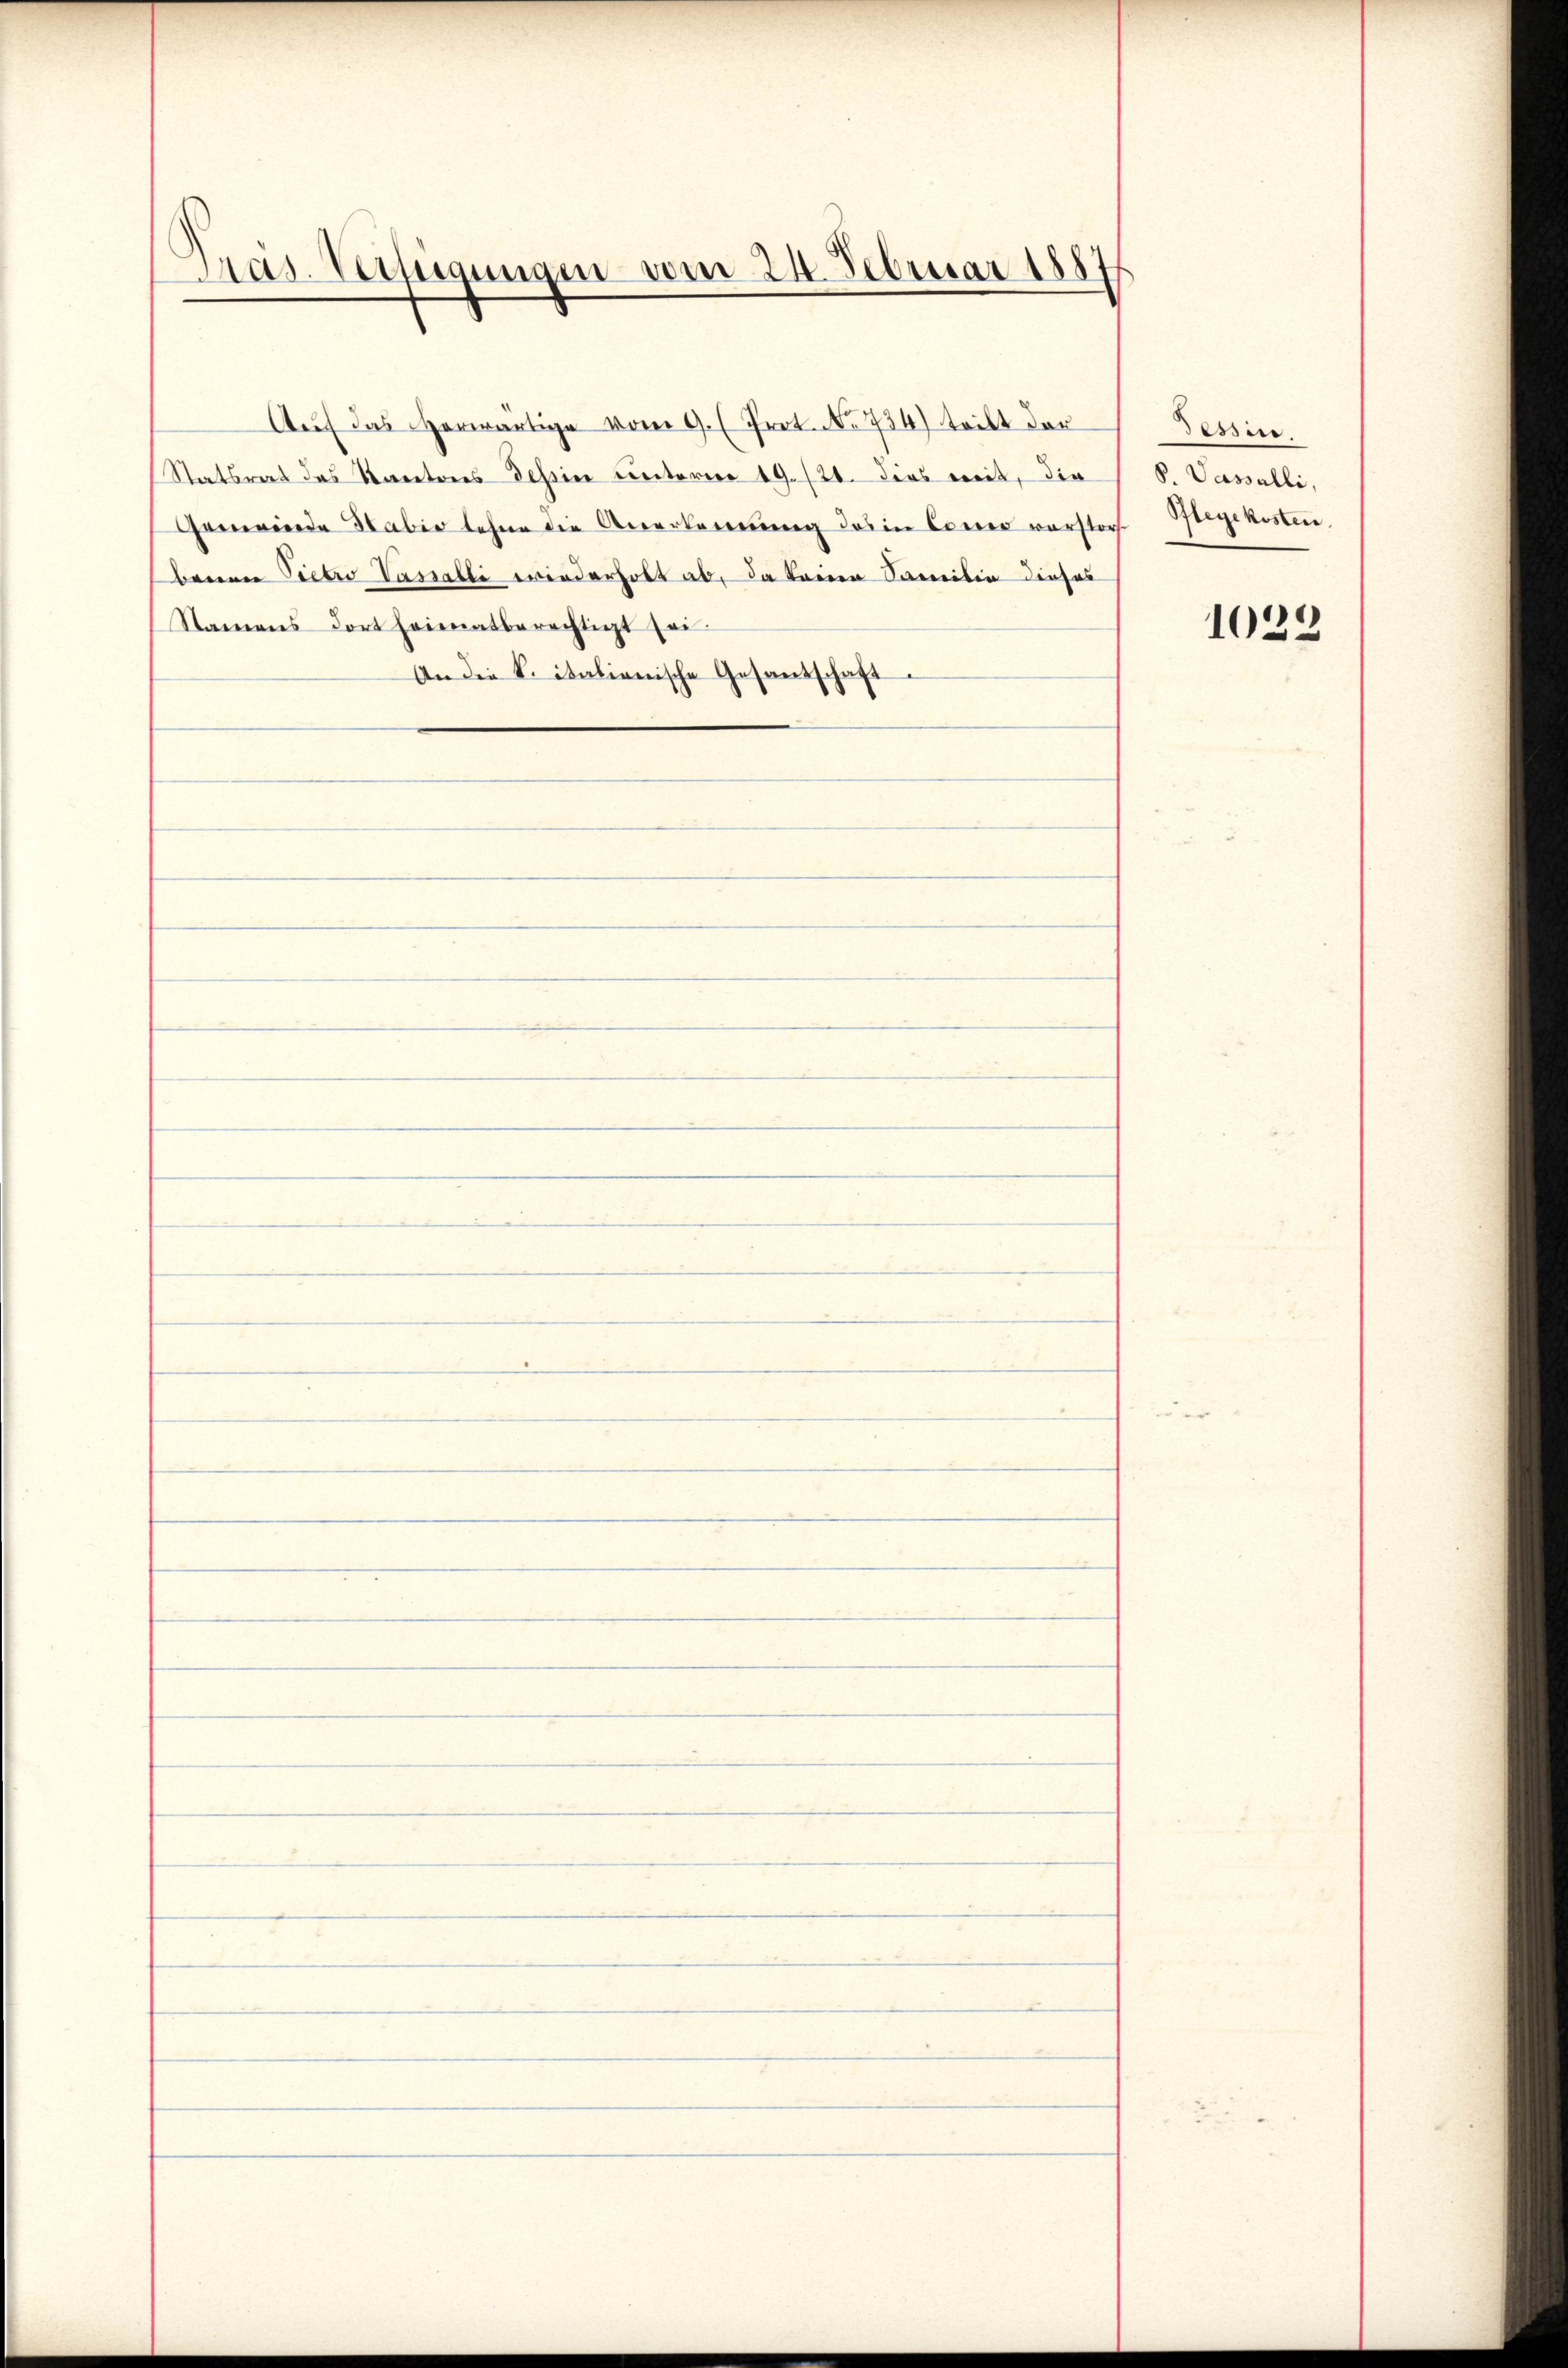
Tras. Verfügungen vom 24. Februar 1887

Gemeinde Stabio lehne die Anerkennung des in Correr vorstorf Stegekosten.
berenen Pietro Vasalli wiederholt ab, da kreien Samilie dieses
Namens dort heimatberechtigt sei.
An die k. italienische Gesandschaft

Auf das Horwärtige vom 9. (Prot. No. 734) tritt der
Statsrat das Kantons Tessin unterere 19. 121. dies weit, die

Dessire
P. Vasalli,

1029